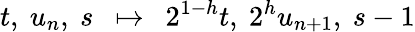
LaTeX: t,\ u_{n},\ s\ \ \mapsto\ \ 2^{1-h}t,\ 2^{h}u_{n+1},\ s-1